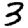
Digit: 3